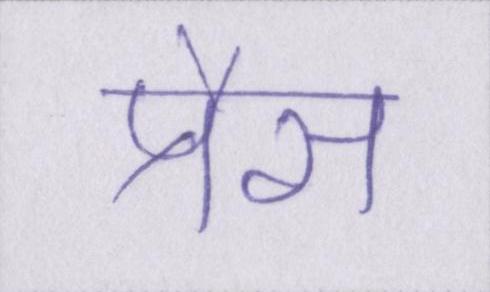
प्रैस